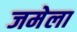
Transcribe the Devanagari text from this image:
जमेला